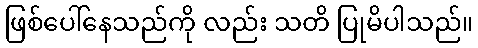
ဖြစ်ပေါ်နေသည်ကို လည်း သတိ ပြုမိပါသည်။